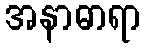
အနာဓာရာ